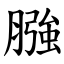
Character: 膙